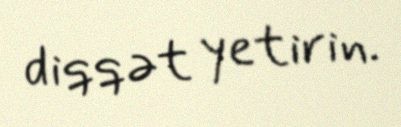
diqqət yetirin.